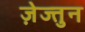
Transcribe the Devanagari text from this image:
ज़ेज्तुन